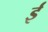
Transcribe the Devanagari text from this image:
र्इ